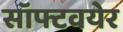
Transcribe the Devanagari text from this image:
सॉफ्टवयेर